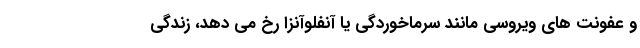
و عفونت های ویروسی مانند سرماخوردگی یا آنفلوآنزا رخ می دهد، زندگی